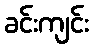
ခင်းကျင်း